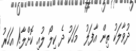
ދުވާލަކު ތިން އާފަލު  މަހަކު ދެ ކިލޯ ލުއި ކޮށްލާ!1 އަހަރު